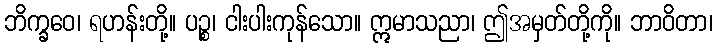
ဘိက္ခဝေ၊ ရဟန်းတို့။ ပဉ္စ၊ ငါးပါးကုန်သော။ ဣမာသညာ၊ ဤအမှတ်တို့ကို။ ဘာဝိတာ၊